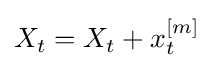
X_{t}=X_{t}+x_{t}^{[m]}